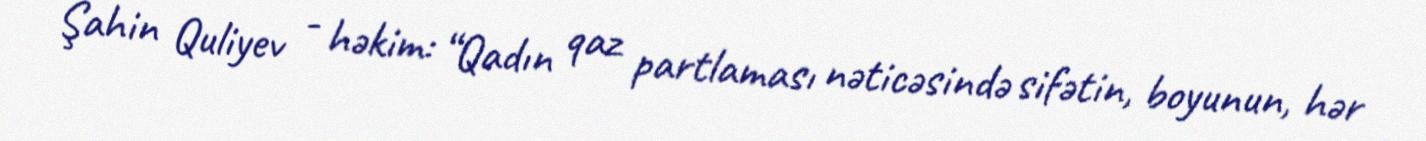
Şahin Quliyev - həkim: “Qadın qaz partlaması nəticəsində sifətin, boyunun, hər